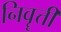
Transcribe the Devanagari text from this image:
निवॄत्ती